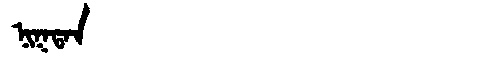
Manchu: ᠨᡳᡴᡨᠠᠨ
Romanization: NIKTAN